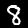
Label: 8